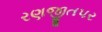
રણજીતપર